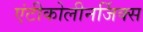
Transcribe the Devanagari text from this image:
एंटीकोलीनर्जिक्स